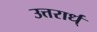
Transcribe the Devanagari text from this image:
उत्तरार्ध्